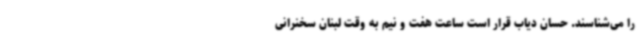
را می‌شناسند. حسان دیاب قرار است ساعت هفت و نیم به وقت لبنان سخنرانی